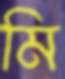
মি